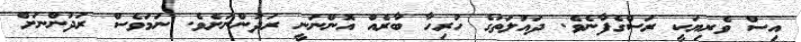
އިސް ވެރިޔަކީ ރަސްގެފާނެވެ. ދައުލަތުގެ ހުރިހާ ބާރެއް އޮންނަނީ ރަދުންނަށެވެ. ނަމަވެސް ރަދުންނަށް